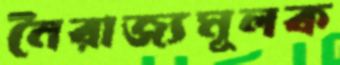
নৈরাজ্যমূলক